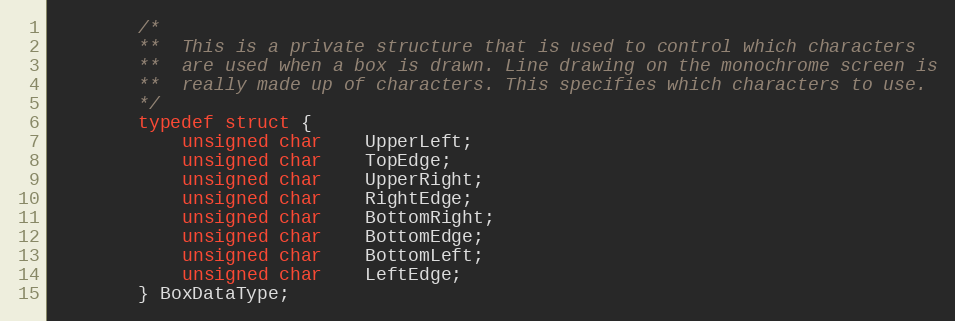
Language: C
		/*
		**	This is a private structure that is used to control which characters
		**	are used when a box is drawn. Line drawing on the monochrome screen is
		**	really made up of characters. This specifies which characters to use.
		*/
		typedef struct {
			unsigned char	UpperLeft;
			unsigned char	TopEdge;
			unsigned char	UpperRight;
			unsigned char	RightEdge;
			unsigned char	BottomRight;
			unsigned char	BottomEdge;
			unsigned char	BottomLeft;
			unsigned char	LeftEdge;
		} BoxDataType;